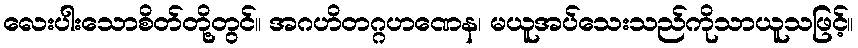
လေးပါးသောစိတ်တို့တွင်။ အဂဟိတဂ္ဂဟဏေန၊ မယူအပ်သေးသည်ကိုသာယူသဖြင့်။